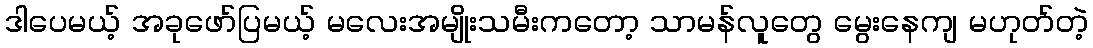
ဒါပေမယ့် အခုဖော်ပြမယ့် မလေးအမျိုးသမီးကတော့ သာမန်လူတွေ မွေးနေကျ မဟုတ်တဲ့